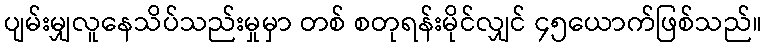
ပျမ်းမျှလူနေသိပ်သည်းမှုမှာ တစ် စတုရန်းမိုင်လျှင် ၄၅ယောက်ဖြစ်သည်။